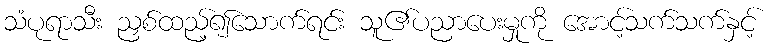
သံပုရာသီး ညှစ်ထည့်၍သောက်ရင်း သူ၏ပညာပေးမှုကို အောင့်သက်သက်နှင့်